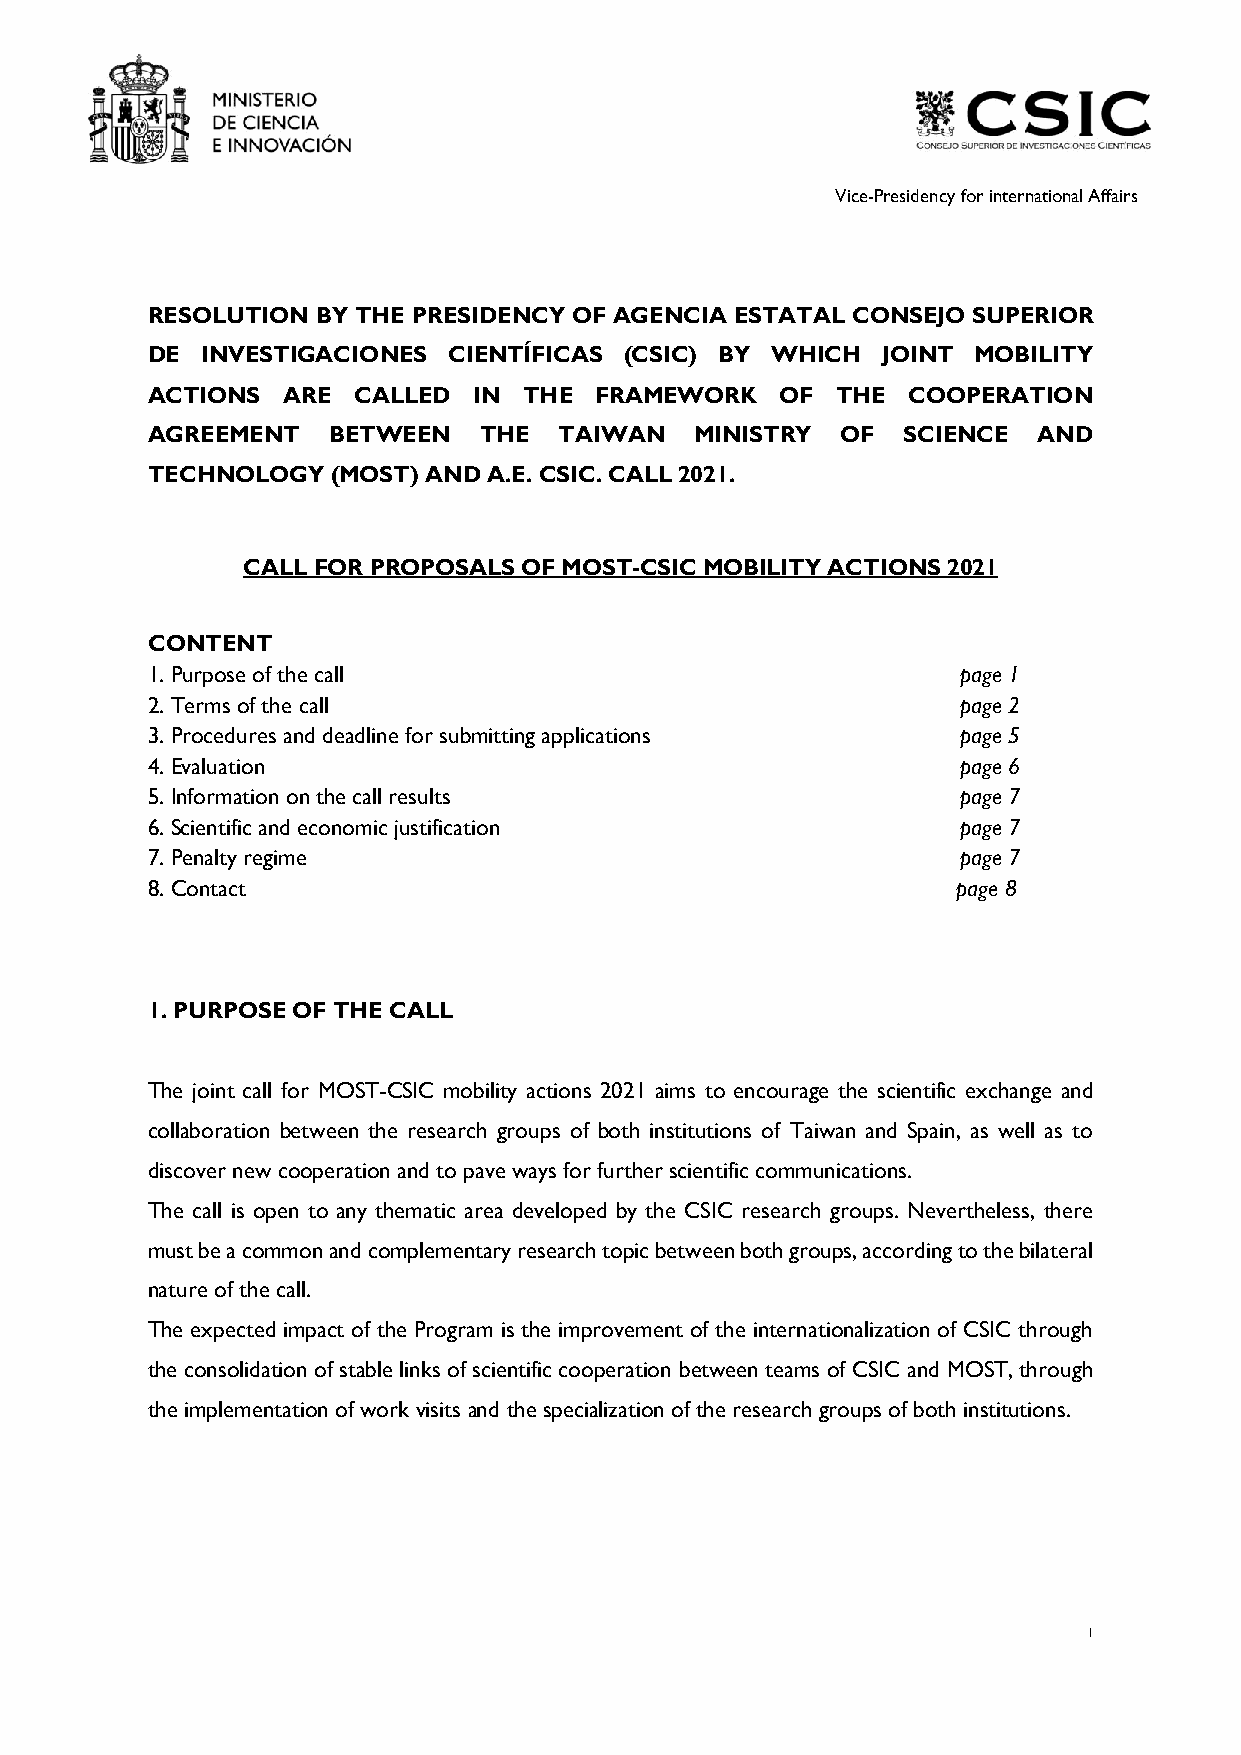
Vice-Presidency for international Affairs
 RESOLUTION BY THE PRESIDENCY OF AGENCIA ESTATAL CONSEJO SUPERIOR
 DE INVESTIGACIONES  CIENTÍFICAS (CSIC) BY WHICH JOINT  MOBILITY
 ACTIONS  ARE CALLED  IN  THE FRAMEWORK    OF THE  COOPERATION
 AGREEMENT   BETWEEN   THE  TAIWAN   MINISTRY  OF  SCIENCE  AND
 TECHNOLOGY  (MOST) AND A.E. CSIC. CALL 2021.
 CALL FOR PROPOSALS OF MOST-CSIC MOBILITY ACTIONS 2021
 CONTENT
 1. Purpose of the call                                page 1
 2. Terms of the call                                  page 2
 3. Procedures and deadline for submitting applications page 5
 4. Evaluation                                         page 6
 5. Information on the call results                    page 7
 6. Scientific and economic justification              page 7
 7. Penalty regime                                     page 7
 8. Contact                                           page 8
 1. PURPOSE OF THE CALL
 The joint call for MOST-CSIC mobility actions 2021 aims to encourage the scientific exchange and
 collaboration between the research groups of both institutions of Taiwan and Spain, as well as to
 discover new cooperation and to pave ways for further scientific communications.
 The call is open to any thematic area developed by the CSIC research groups. Nevertheless, there
 must be a common and complementary research topic between both groups, according to the bilateral
 nature of the call.
 The expected impact of the Program is the improvement of the internationalization of CSIC through
 the consolidation of stable links of scientific cooperation between teams of CSIC and MOST, through
 the implementation of work visits and the specialization of the research groups of both institutions.
 1